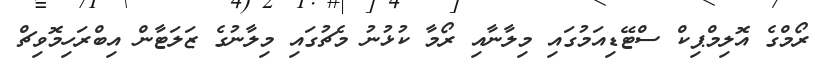
ރޯމްގެ އޮލިމްޕިކް ސްޓޭޑިއަމުގައި މިލާނާއި ރޯމާ ކުޅުނު މެޗުގައި މިލާނުގެ ޒަލަޓާން އިބްރަހިމޮވިޗް